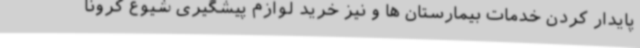
پایدار کردن خدمات بیمارستان ها و نیز خرید لوازم پیشگیری شیوع کرونا